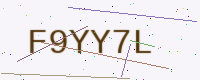
Text: F9YY7L